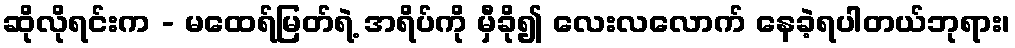
ဆိုလိုရင်းက - မထေရ်မြတ်ရဲ့ အရိပ်ကို မှီခို၍ လေးလလောက် နေခဲ့ရပါတယ်ဘုရား၊